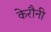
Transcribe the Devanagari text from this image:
केरौनी